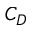
C _ { D }